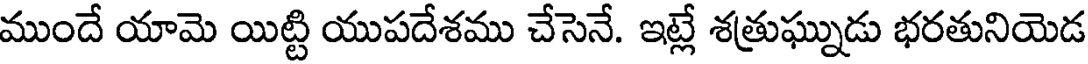
ముందే యామె యిట్టి యుపదేశము చేసెనే. ఇట్లే శత్రుఘ్నుడు భరతునియెడ